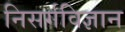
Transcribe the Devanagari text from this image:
निसर्गविज्ञान